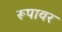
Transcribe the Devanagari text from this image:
रूपावर